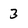
Character: 3